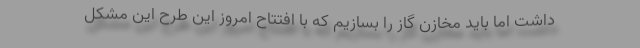
داشت اما باید مخازن گاز را بسازیم که با افتتاح امروز این طرح این مشکل